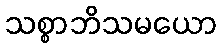
သစ္စာဘိသမယော